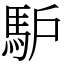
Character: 馿